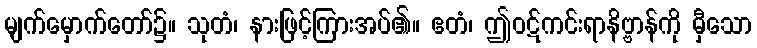
မျက်မှောက်တော်၌။ သုတံ၊ နားဖြင့်ကြားအပ်၏။ ဧတံ၊ ဤဝဋ်ကင်းရာနိဗ္ဗာန်ကို မှီသော